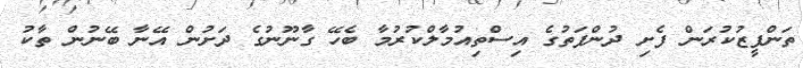
ތަންފީޒުކުރަން ފެށި ދުންފަތުގެ އިސްތިއުމާލްކުރުމާ ބެހޭ ގާނޫނުގެ ދަށުން އޭނާ ބޭނުން ތާކު